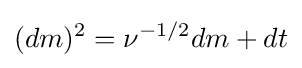
(dm)^{2}=\nu ^{-1/2}dm+dt